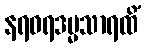
နရဝရဒမ္မသာရထိံ